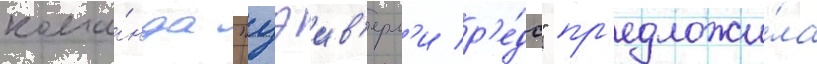
кома́нда "уэив'ерл'и р'е́дс" пр'едложи́ла